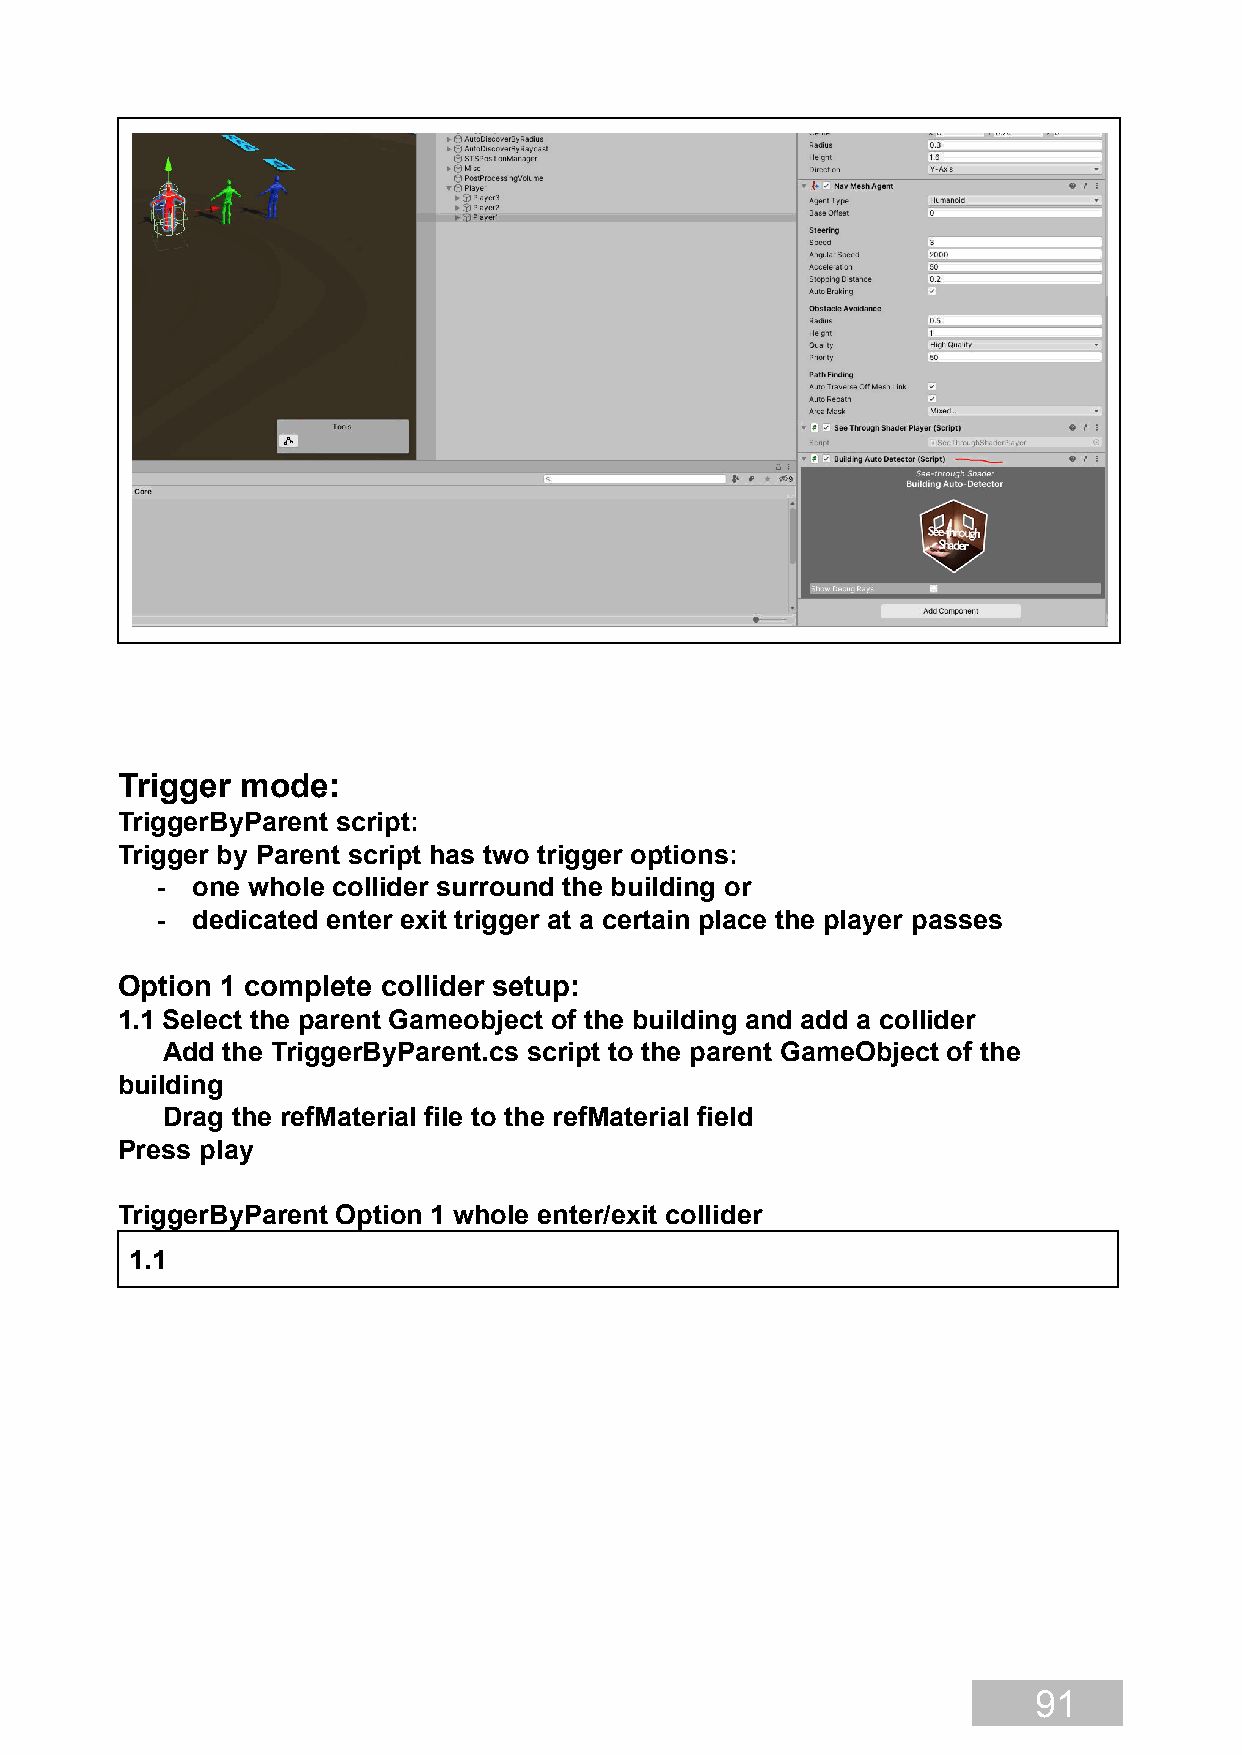
Trigger mode:
 TriggerByParent script:
 Trigger by Parent script has two trigger options:
 -  one whole collider surround the building or
 -  dedicated enter exit trigger at a certain place the player passes
 Option 1 complete collider setup:
 1.1 Select the parent Gameobject of the building and add a collider
 Add the TriggerByParent.cs script to the parent GameObject of the
 building
 Drag the refMaterial file to the refMaterial field
 Press play
 TriggerByParent Option 1 whole enter/exit collider
 1.1
 91